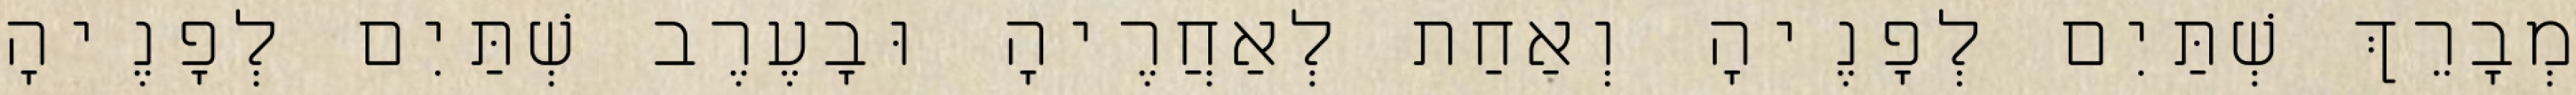
מְבָרֵךְ שְׁתַּיִם לְפָנֶיהָ וְאַחַת לְאַחֲרֶיהָ וּבָעֶרֶב שְׁתַּיִם לְפָנֶיהָ